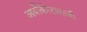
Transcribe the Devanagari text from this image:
आर्थोकेरेटालाजी